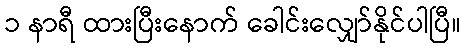
၁ နာရီ ထားပြီးနောက် ခေါင်းလျှော်နိုင်ပါပြီ။